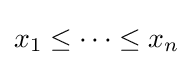
x_{1}\leq \cdots \leq x_{n}